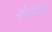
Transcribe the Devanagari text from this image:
व्हेल्होची